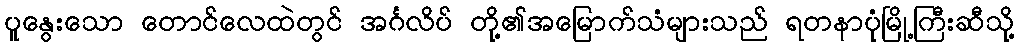
ပူနွေးသော တောင်လေထဲတွင် အင်္ဂလိပ် တို့၏အမြောက်သံများသည် ရတနာပုံမြို့ကြီးဆီသို့